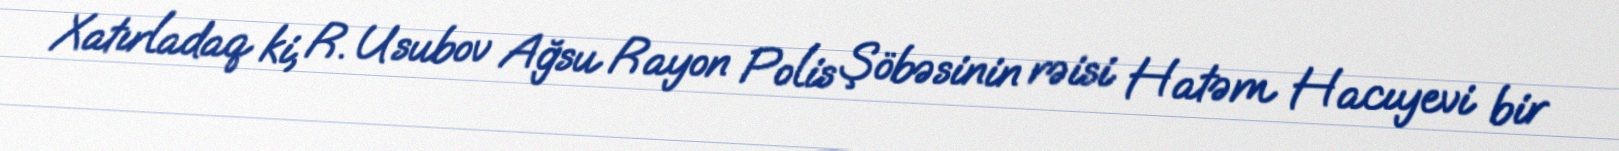
Xatırladaq ki, R. Usubov Ağsu Rayon Polis Şöbəsinin rəisi Hatəm Hacıyevi bir